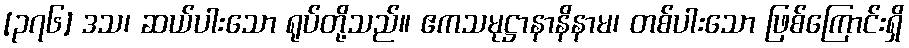
[၃၇၆] ဒသ၊ ဆယ်ပါးသော ရုပ်တို့သည်။ ဧကသမုဋ္ဌာနာနိနာမ၊ တစ်ပါးသော ဖြစ်ကြောင်းရှိ